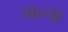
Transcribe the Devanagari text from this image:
जाल्या